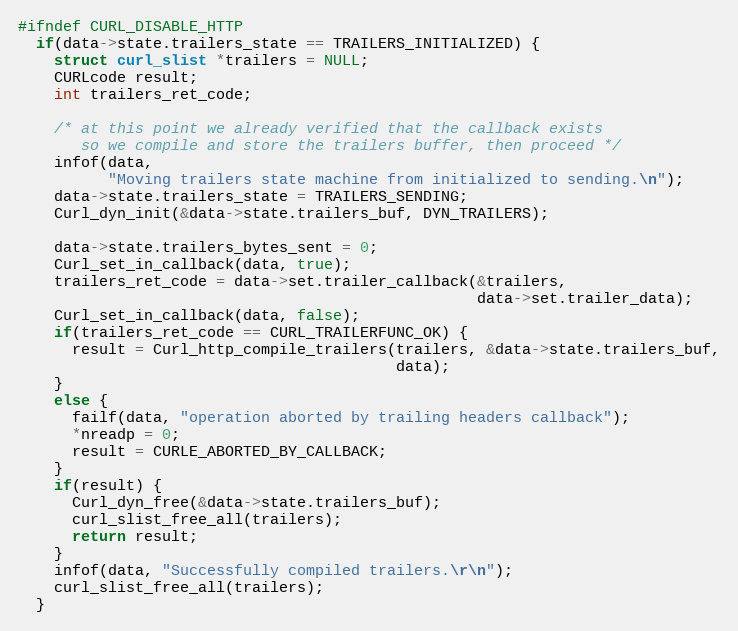
Language: C
#ifndef CURL_DISABLE_HTTP
  if(data->state.trailers_state == TRAILERS_INITIALIZED) {
    struct curl_slist *trailers = NULL;
    CURLcode result;
    int trailers_ret_code;

    /* at this point we already verified that the callback exists
       so we compile and store the trailers buffer, then proceed */
    infof(data,
          "Moving trailers state machine from initialized to sending.\n");
    data->state.trailers_state = TRAILERS_SENDING;
    Curl_dyn_init(&data->state.trailers_buf, DYN_TRAILERS);

    data->state.trailers_bytes_sent = 0;
    Curl_set_in_callback(data, true);
    trailers_ret_code = data->set.trailer_callback(&trailers,
                                                   data->set.trailer_data);
    Curl_set_in_callback(data, false);
    if(trailers_ret_code == CURL_TRAILERFUNC_OK) {
      result = Curl_http_compile_trailers(trailers, &data->state.trailers_buf,
                                          data);
    }
    else {
      failf(data, "operation aborted by trailing headers callback");
      *nreadp = 0;
      result = CURLE_ABORTED_BY_CALLBACK;
    }
    if(result) {
      Curl_dyn_free(&data->state.trailers_buf);
      curl_slist_free_all(trailers);
      return result;
    }
    infof(data, "Successfully compiled trailers.\r\n");
    curl_slist_free_all(trailers);
  }